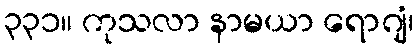
၃၃၁။ ကုသလာ နာမယာ ရောဂျံ၊